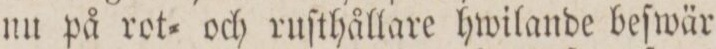
nu på rot= och ruſthållare hwilande beſwär